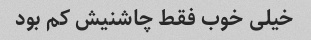
خیلی خوب فقط چاشنیش کم بود